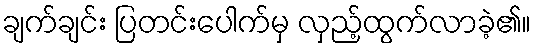
ချက်ချင်း ပြတင်းပေါက်မှ လှည့်ထွက်လာခဲ့၏။